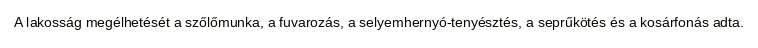
A lakosság megélhetését a szőlőmunka, a fuvarozás, a selyemhernyó-tenyésztés, a seprűkötés és a kosárfonás adta.